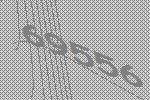
69556